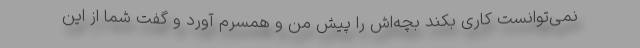
نمی‌توانست کاری بکند بچه‌اش را پیش من و همسرم آورد و گفت شما از این